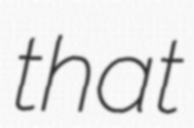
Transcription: that